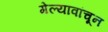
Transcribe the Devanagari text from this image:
गेल्यावांचून